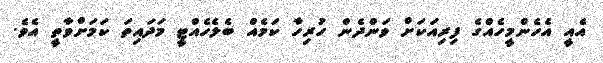
އެއީ އެހެންމީހެއްގެ ފިރިއަކަށް ވަންދެން ހުރިހާ ކަމެއް ބެލެހެއްޓީ މަދައިތަ ކަމަށްވާތީ އެވެ.